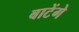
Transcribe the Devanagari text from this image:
बाटेंगे